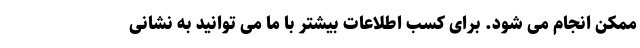
ممکن انجام می شود. برای کسب اطلاعات بیشتر با ما می توانید به نشانی